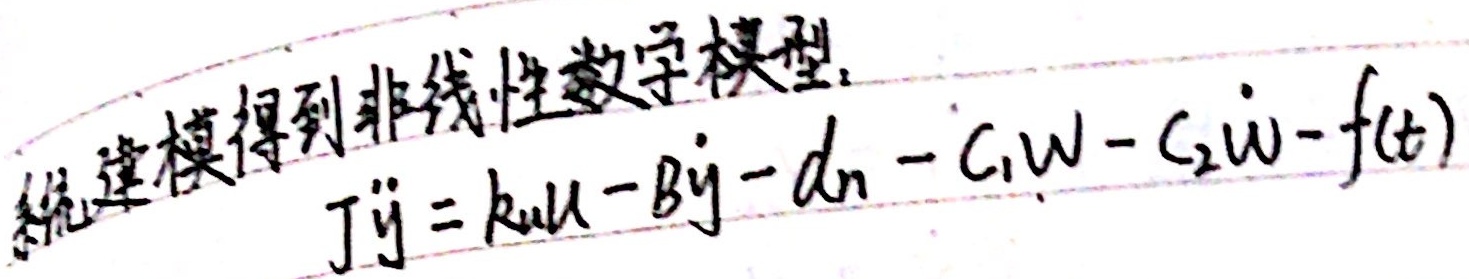
系统建模得到非线性数学模型：
\[ J\ddot{y}=ku - B\dot{y}-d_{n}-C_{1}w - C_{2}\dot{w}-f(t) \]